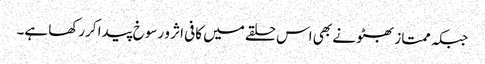
جبکہ ممتاز بھٹو نے بھی اس حلقے میں کافی اثر و رسوخ پیدا کررکھا ہے۔